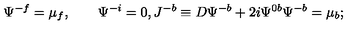
\Psi ^ { - f } = \mu _ { f } , \qquad \Psi ^ { - i } = 0 , J ^ { - b } \equiv D \Psi ^ { - b } + 2 i \Psi ^ { 0 b } \Psi ^ { - b } = \mu _ { b } ;